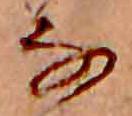
な